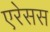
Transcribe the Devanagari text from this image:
एरेसस